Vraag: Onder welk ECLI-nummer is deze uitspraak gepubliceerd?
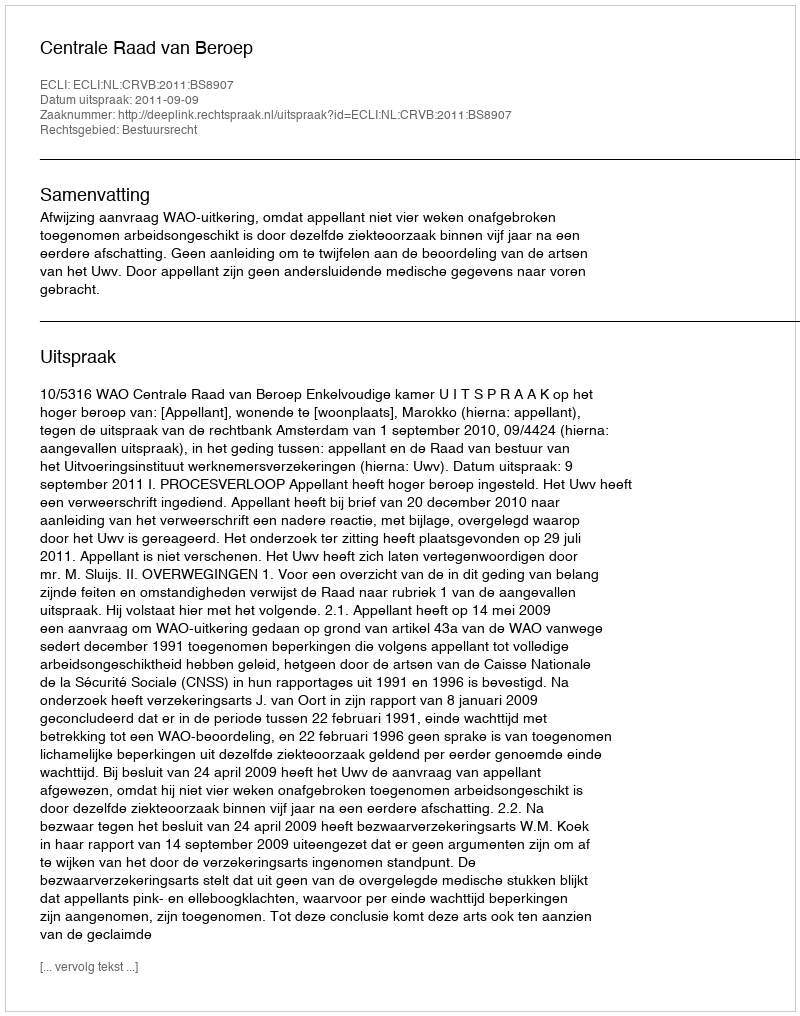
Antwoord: ECLI:NL:CRVB:2011:BS8907